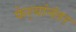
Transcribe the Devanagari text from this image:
फेर्‍यांनंतर